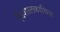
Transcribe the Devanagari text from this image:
विशालकायिक